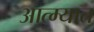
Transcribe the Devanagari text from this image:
आत्म्यात